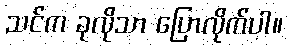
သင်က ခုလိုသာ ပြောလိုက်ပါ။